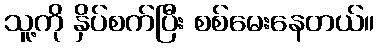
သူ့ကို နှိပ်စက်ပြီး စစ်မေးနေတယ်။